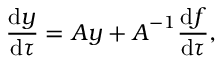
\frac { \mathrm { d } \boldsymbol { y } } { \mathrm { d } \tau } = \boldsymbol { A } \boldsymbol { y } + \boldsymbol { A } ^ { - 1 } \frac { \mathrm { d } \boldsymbol { f } } { \mathrm { d } \tau } ,